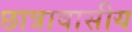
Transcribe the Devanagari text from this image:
छात्रावासीय